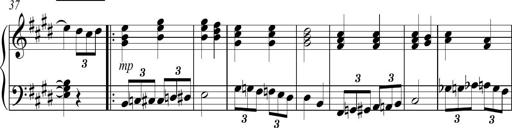
Title: Sonatina no. 2
Composer: Brian Henderson-Sellers
Key: G major